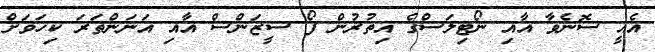
އެއީ ސޮނެވާ އާއި ނޯޓިލަސްގެ އިތުރުން ފޯ ސީޒަންސް އާއި އަނަންތަރަ ކިހަވަށް